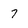
Character: 7